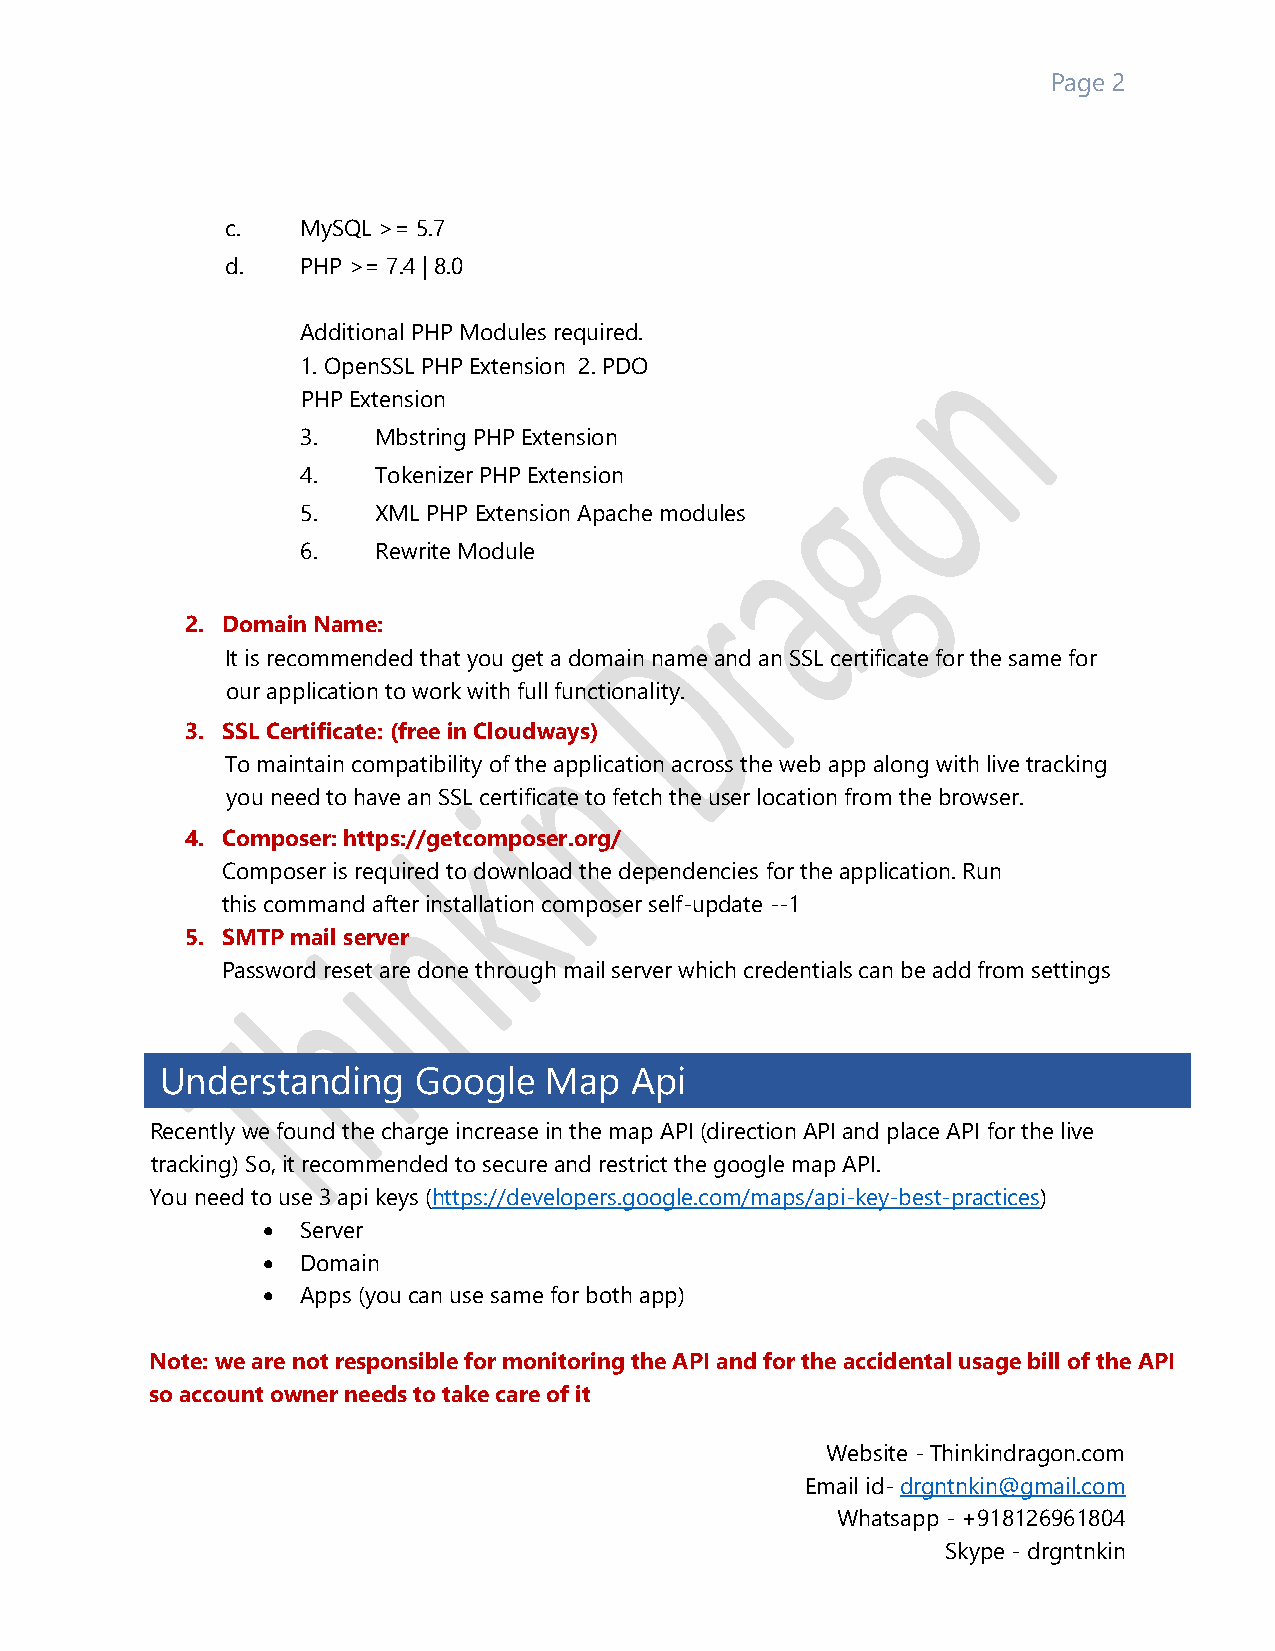
Page 2
 c.   MySQL >= 5.7
 d.   PHP >= 7.4 | 8.0
 Additional PHP Modules required.
 1. OpenSSL PHP Extension 2. PDO
 PHP Extension
 3.   Mbstring PHP Extension
 4.   Tokenizer PHP Extension
 5.   XML PHP Extension Apache modules
 6.   Rewrite Module
 2. Domain Name:
 It is recommended that you get a domain name and an SSL certificate for the same for
 our application to work with full functionality.
 3. SSL Certificate: (free in Cloudways)
 To maintain compatibility of the application across the web app along with live tracking
 you need to have an SSL certificate to fetch the user location from the browser.
 4. Composer: https://getcomposer.org/
 Composer is required to download the dependencies for the application. Run
 this command after installation composer self-update --1
 5. SMTP mail server
 Password reset are done through mail server which credentials can be add from settings
 Understanding   Google   Map   Api
 Recently we found the charge increase in the map API (direction API and place API for the live
 tracking) So, it recommended to secure and restrict the google map API.
 You need to use 3 api keys (https://developers.google.com/maps/api-key-best-practices)
 •  Server
 •  Domain
 •  Apps (you can use same for both app)
 Note: we are not responsible for monitoring the API and for the accidental usage bill of the API
 so account owner needs to take care of it
 Website - Thinkindragon.com
 Email id- drgntnkin@gmail.com
 Whatsapp - +918126961804
 Skype - drgntnkin